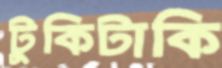
টুকিটাকি